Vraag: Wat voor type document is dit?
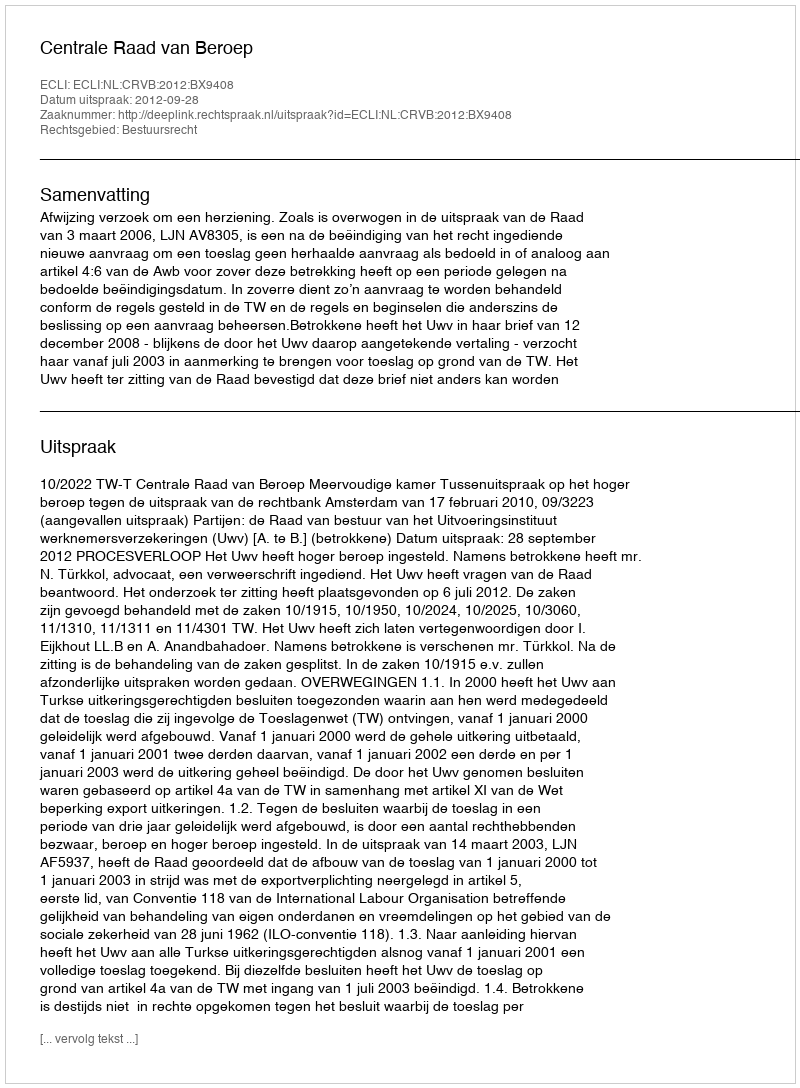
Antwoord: Uitspraak